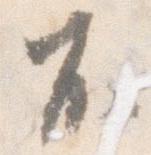
不